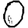
Digit: 0